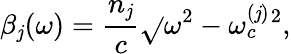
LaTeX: \beta_{\mathit{j}}(\omega)=\frac{{n_{\mathit{j}}}}{{c}}\sqrt{}{{\omega^{2}-\omega_{c}^{(\mathit{j})}{}^{2}}},